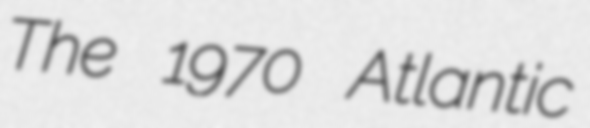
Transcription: The 1970 Atlantic